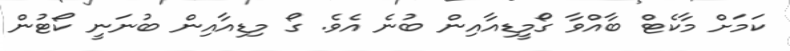
ކަމަށް މާކެޓް ބާއްވާ ގޯމީޑިއާއިން ބުނެ އެވެ. ގޯ މިޑިއާއިން ބުނަނީ ކޯޓުން